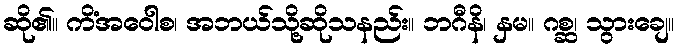
ဆို၏။ ကိံအဝေါစ၊ အဘယ်သို့ဆိုသနည်း။ ဘဂီနိ၊ နှမ။ ဂစ္ဆ၊ သွားချေ။